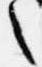
之